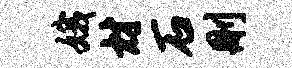
娥材石删